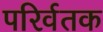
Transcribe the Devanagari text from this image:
परिर्वतक